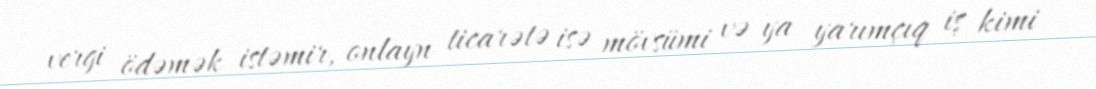
vergi ödəmək istəmir, onlayn ticarətə isə mövsümi və ya yarımçıq iş kimi